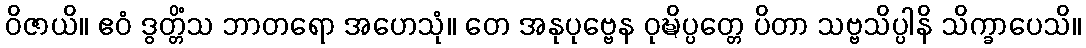
ဝိဇာယိ။ ဧဝံ ဒွတ္တိံသ ဘာတရော အဟေသုံ။ တေ အနုပုဗ္ဗေန ဝုဍ္ဎိပ္ပတ္တေ ပိတာ သဗ္ဗသိပ္ပါနိ သိက္ခာပေသိ။